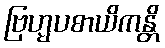
ဗြဟ္မပစာယိကန္တိ